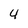
Character: 4